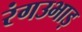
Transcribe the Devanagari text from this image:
रंगउभाड़